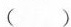
（）